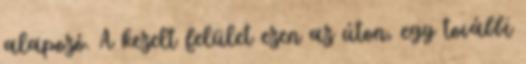
alapozó. A kezelt felület ezen az úton, egy további